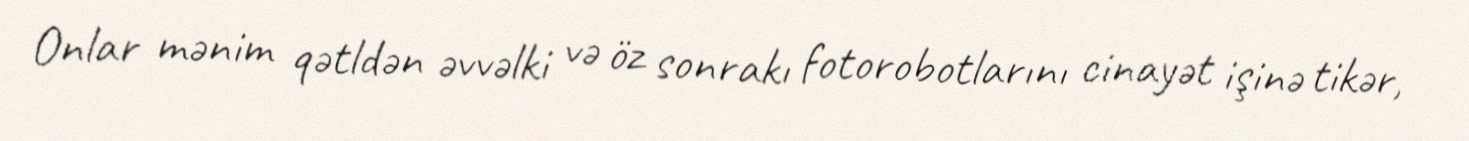
Onlar mənim qətldən əvvəlki və öz sonrakı fotorobotlarını cinayət işinə tikər,